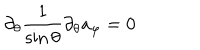
\partial _ { \theta } \frac { 1 } { \sin \theta } \partial _ { \theta } a _ { \varphi } = 0